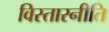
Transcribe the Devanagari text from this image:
विस्तारनीति